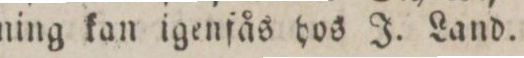
ning kan igenfås hos J. Land.